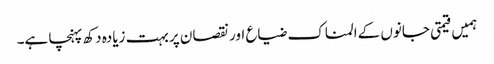
ہمیں قیمتی جانوں کےالمناک ضیا‏ع اور نقصان پر بہت زیادہ دکھ پہنچا ہے۔